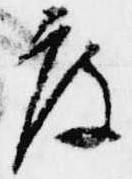
度